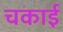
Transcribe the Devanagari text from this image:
चकाई